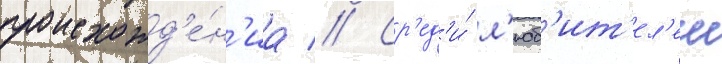
происхожд'е́н'иа // Ср'ед'и́ л'юб'ит'ел'еи